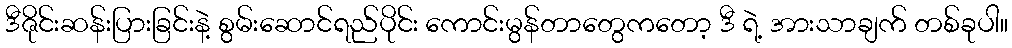
ဒီဇိုင်းဆန်းပြားခြင်းနဲ့ စွမ်းဆောင်ရည်ပိုင်း ကောင်းမွန်တာတွေကတော့ ဒီ ရဲ့ အားသာချက် တစ်ခုပါ။